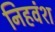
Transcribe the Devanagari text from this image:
निहवंश